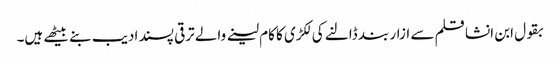
بقول ابن انشا قلم سے ازار بند ڈالنے کی لکڑی کا کام لینے والے ترقی پسند ادیب بنے بیٹھے ہیں۔